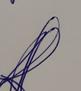
Signature authenticity: genuine